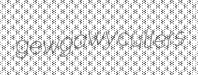
gewgawy cullers